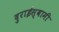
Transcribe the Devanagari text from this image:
दुराईस्वामी